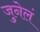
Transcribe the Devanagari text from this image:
जुनेलं